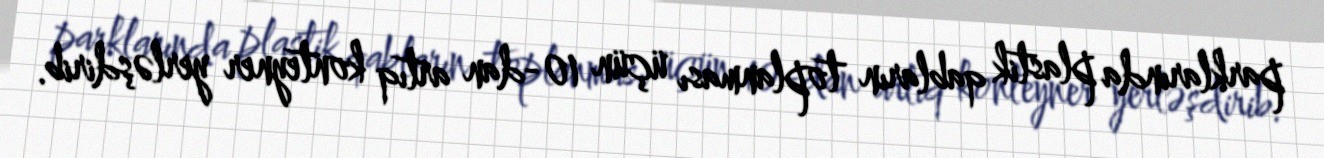
parklarında plastik qabların toplanması üçün 10-dan artıq konteyner yerləşdirib.